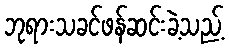
ဘုရားသခင်ဖန်ဆင်းခဲ့သည့်